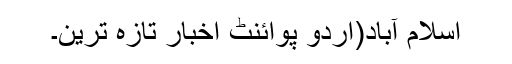
اسلام آباد(اُردو پوائنٹ اخبار تازہ ترین۔